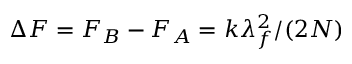
\Delta F = F _ { B } - F _ { A } = k \lambda _ { f } ^ { 2 } / ( 2 N )